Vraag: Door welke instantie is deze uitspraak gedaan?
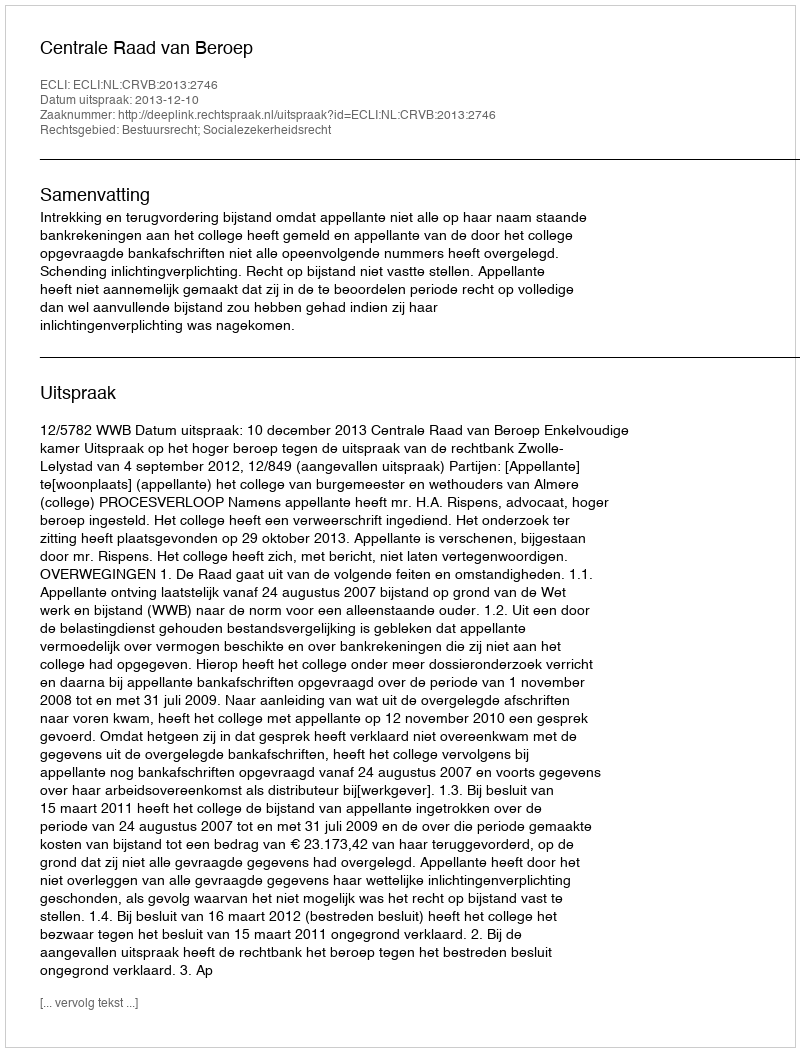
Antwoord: Centrale Raad van Beroep